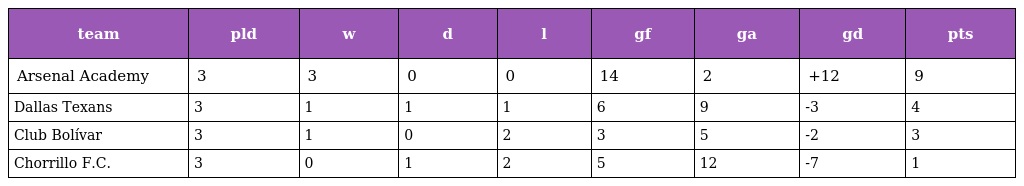
| team | pld | w | d | l | gf | ga | gd | pts |
 | --- | --- | --- | --- | --- | --- | --- | --- | --- |
 | Arsenal Academy | 3 | 3 | 0 | 0 | 14 | 2 | +12 | 9 |
 | Dallas Texans | 3 | 1 | 1 | 1 | 6 | 9 | -3 | 4 |
 | Club Bolívar | 3 | 1 | 0 | 2 | 3 | 5 | -2 | 3 |
 | Chorrillo F.C. | 3 | 0 | 1 | 2 | 5 | 12 | -7 | 1 |